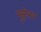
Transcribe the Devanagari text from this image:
मुरूगेशन